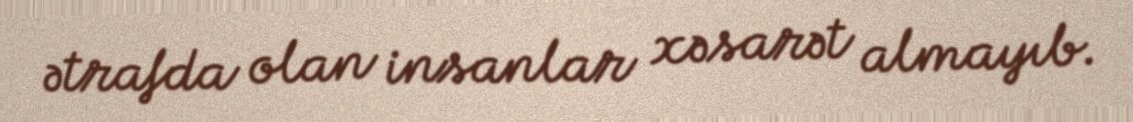
ətrafda olan insanlar xəsarət almayıb.